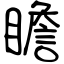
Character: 瞻